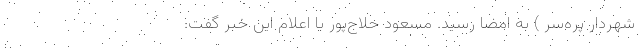
شهردار پره‌سر ) به امضا رسید. مسعود حلاج‌پور با اعلام این خبر گفت: